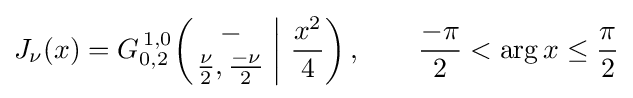
J_{\nu }(x)=G_{0,2}^{\,1,0}\!\left(\left.{\begin{matrix}-\\{\frac {\nu }{2}},{\frac {-\nu }{2}}\end{matrix}}\;\right|\,{\frac {x^{2}}{4}}\right),\qquad {\frac {-\pi }{2}}<\arg x\leq {\frac {\pi }{2}}